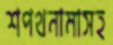
শপথনামাসহ